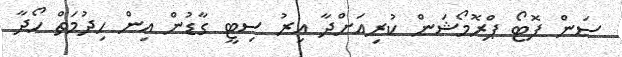
ސަން ފޮޓޯ ޕްރޮމޯޝަން ކުރިއަށްދާ އިރު ސިޓީ ގާޑުން އިން ހިދުމަތް ހޯދާ